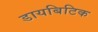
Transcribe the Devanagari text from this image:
डायबिटिक